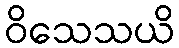
ဝိသေသယိ